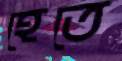
হেতে